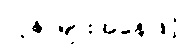
လူနာများအနေဖြင့်